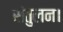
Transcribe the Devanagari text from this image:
संतुलन।